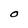
Character: O